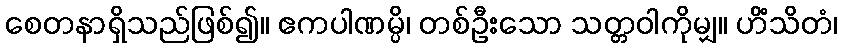
စေတနာရှိသည်ဖြစ်၍။ ဧကပါဏမ္ပိ၊ တစ်ဦးသော သတ္တဝါကိုမျှ။ ဟိံသိတံ၊